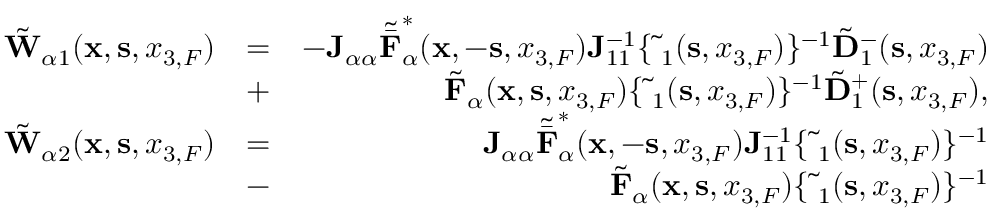
\begin{array} { r l r } { \tilde { \bf W } _ { \alpha 1 } ( { { \bf x } } , { { \bf s } } , { x _ { 3 , F } } ) } & { = } & { - { \bf J } _ { \alpha \alpha } { \tilde { \bar { \bf F } } } _ { \alpha } ^ { * } ( { { \bf x } } , - { { \bf s } } , { x _ { 3 , F } } ) { \bf J } _ { 1 1 } ^ { - 1 } \{ \tilde { \bf \Delta } _ { 1 } ( { \bf s } , x _ { 3 , F } ) \} ^ { - 1 } \tilde { \bf D } _ { 1 } ^ { - } ( { \bf s } , x _ { 3 , F } ) } \\ & { + } & { \tilde { \bf F } _ { \alpha } ( { { \bf x } } , { { \bf s } } , { x _ { 3 , F } } ) \{ \tilde { \bf \Delta } _ { 1 } ( { \bf s } , x _ { 3 , F } ) \} ^ { - 1 } \tilde { \bf D } _ { 1 } ^ { + } ( { \bf s } , x _ { 3 , F } ) , } \\ { \tilde { \bf W } _ { \alpha 2 } ( { { \bf x } } , { { \bf s } } , { x _ { 3 , F } } ) } & { = } & { { \bf J } _ { \alpha \alpha } { \tilde { \bar { \bf F } } } _ { \alpha } ^ { * } ( { { \bf x } } , - { { \bf s } } , { x _ { 3 , F } } ) { \bf J } _ { 1 1 } ^ { - 1 } \{ \tilde { \bf \Delta } _ { 1 } ( { \bf s } , x _ { 3 , F } ) \} ^ { - 1 } } \\ & { - } & { \tilde { \bf F } _ { \alpha } ( { { \bf x } } , { { \bf s } } , { x _ { 3 , F } } ) \{ \tilde { \bf \Delta } _ { 1 } ( { \bf s } , x _ { 3 , F } ) \} ^ { - 1 } } \end{array}